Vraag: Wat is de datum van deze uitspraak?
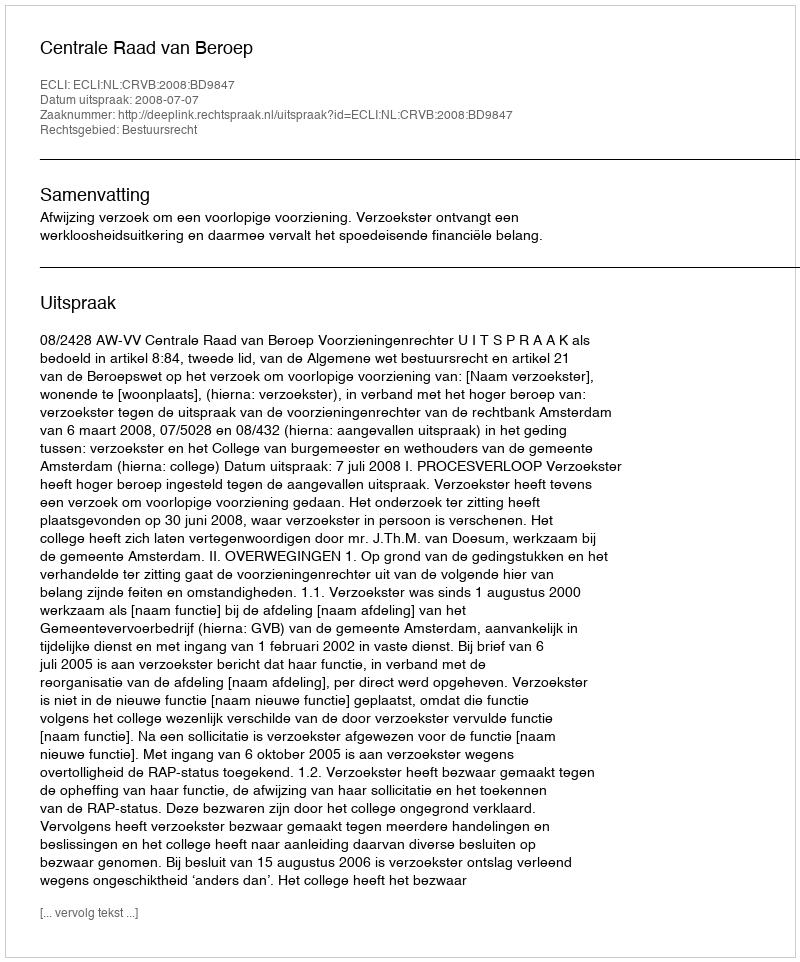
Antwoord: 2008-07-07